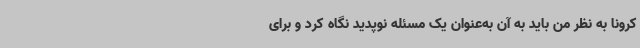
کرونا به نظر من باید به آن به‌عنوان یک مسئله نوپدید نگاه کرد و برای